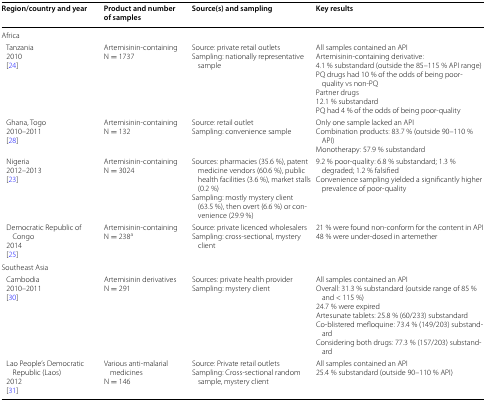
<table><thead><tr><td><b>Region/country and year</b></td><td><b>Product and number of samples</b></td><td><b>Source(s) and sampling</b></td><td><b>Key results</b></td></tr></thead><tbody><tr><td colspan="4">Africa</td></tr><tr><td> Tanzania 2010 [24]</td><td>Artemisinin-containingN = 1737</td><td>Source: private retail outletsSampling: nationally representative sample</td><td>All samples contained an APIArtemisinin-containing derivative:4.1 % substandard (outside the 85–115 % API range)PQ drugs had 10 % of the odds of being poor-quality vs non-PQPartner drugs12.1 % substandardPQ had 4 % of the odds of being poor-quality</td></tr><tr><td> Ghana, Togo 2010–2011 [28]</td><td>Artemisinin-containingN = 132</td><td>Source: retail outletSampling: convenience sample</td><td>Only one sample lacked an APICombination products: 83.7 % (outside 90–110 % API)Monotherapy: 57.9 % substandard</td></tr><tr><td> Nigeria 2012–2013 [23]</td><td>Artemisinin-containingN = 3024</td><td>Sources: pharmacies (35.6 %), patent medicine vendors (60.6 %), public health facilities (3.6 %), market stalls (0.2 %)Sampling: mostly mystery client (63.5 %), then overt (6.6 %) or convenience (29.9 %)</td><td>9.2 % poor-quality: 6.8 % substandard; 1.3 % degraded; 1.2 % falsifiedConvenience sampling yielded a significantly higher prevalence of poor-quality</td></tr><tr><td> Democratic Republic of Congo 2014 [25]</td><td>Artemisinin-containingN = 238<sup>a</sup></td><td>Source: private licenced wholesalersSampling: cross-sectional, mystery client</td><td>21 % were found non-conform for the content in API48 % were under-dosed in artemether</td></tr><tr><td colspan="4">Southeast Asia</td></tr><tr><td> Cambodia 2010–2011 [30]</td><td>Artemisinin derivativesN = 291</td><td>Sources: private health providerSampling: mystery client</td><td>All samples contained an APIOverall: 31.3 % substandard (outside range of 85 % and &lt; 115 %)24.7 % were expiredArtesunate tablets: 25.8 % (60/233) substandardCo-blistered mefloquine: 73.4 % (149/203) substandardConsidering both drugs: 77.3 % (157/203) substandard</td></tr><tr><td> Lao People’s Democratic Republic (Laos) 2012 [31]</td><td>Various anti-malarial medicinesN = 146</td><td>Source: Private retail outletsSampling: Cross-sectional random sample, mystery client</td><td>All samples contained an API25.4 % substandard (outside 90–110 % API)</td></tr></tbody></table>